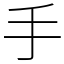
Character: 手